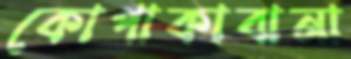
কোপাকাবানা